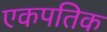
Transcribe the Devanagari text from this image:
एकपतिक